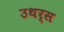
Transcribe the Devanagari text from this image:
उथर्स